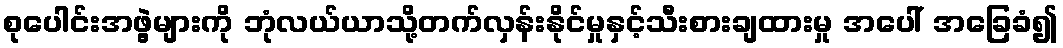
စုပေါင်းအဖွဲ့များကို ဘုံလယ်ယာသို့တက်လှန်းနိုင်မှုနှင့်သီးစားချထားမှု အပေါ် အခြေခံ၍